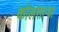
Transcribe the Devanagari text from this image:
कोलसाऱ्या